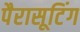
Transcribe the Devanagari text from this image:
पैरासूटिंग